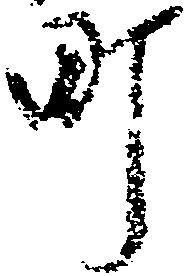
町